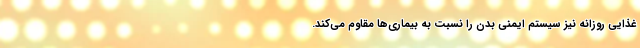
غذایی روزانه نیز سیستم ایمنی بدن را نسبت به بیماری‌ها مقاوم می‌کند.